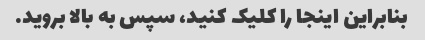
بنابراین اینجا را کلیک کنید، سپس به بالا بروید.